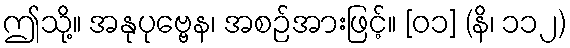
ဤသို့။ အနုပုဗ္ဗေန၊ အစဉ်အားဖြင့်။ [၀၁] (နိ၊ ၁၁၂)